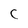
Character: C